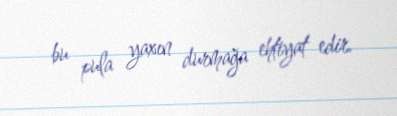
bu pula yaxın durmağa ehtiyat edir.